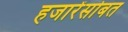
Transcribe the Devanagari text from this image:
हजारेंसोबत